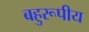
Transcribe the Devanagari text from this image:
बहुरूपीय